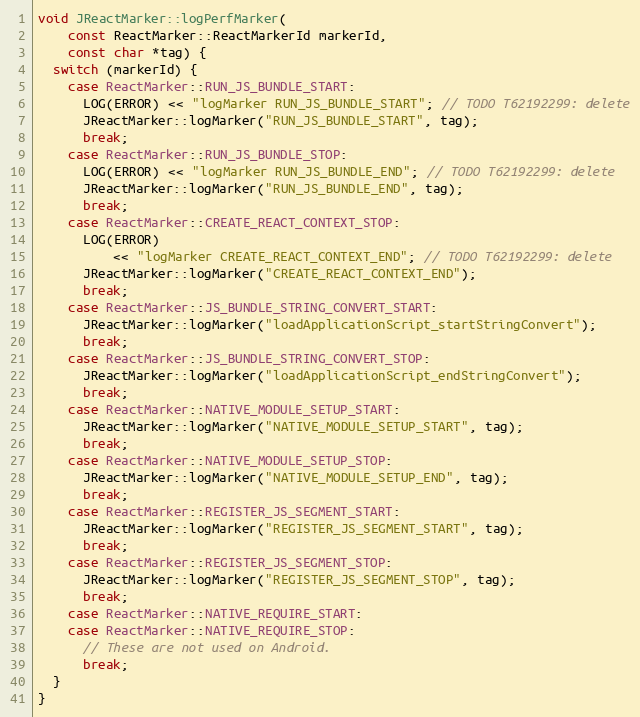
Language: C++
void JReactMarker::logPerfMarker(
    const ReactMarker::ReactMarkerId markerId,
    const char *tag) {
  switch (markerId) {
    case ReactMarker::RUN_JS_BUNDLE_START:
      LOG(ERROR) << "logMarker RUN_JS_BUNDLE_START"; // TODO T62192299: delete
      JReactMarker::logMarker("RUN_JS_BUNDLE_START", tag);
      break;
    case ReactMarker::RUN_JS_BUNDLE_STOP:
      LOG(ERROR) << "logMarker RUN_JS_BUNDLE_END"; // TODO T62192299: delete
      JReactMarker::logMarker("RUN_JS_BUNDLE_END", tag);
      break;
    case ReactMarker::CREATE_REACT_CONTEXT_STOP:
      LOG(ERROR)
          << "logMarker CREATE_REACT_CONTEXT_END"; // TODO T62192299: delete
      JReactMarker::logMarker("CREATE_REACT_CONTEXT_END");
      break;
    case ReactMarker::JS_BUNDLE_STRING_CONVERT_START:
      JReactMarker::logMarker("loadApplicationScript_startStringConvert");
      break;
    case ReactMarker::JS_BUNDLE_STRING_CONVERT_STOP:
      JReactMarker::logMarker("loadApplicationScript_endStringConvert");
      break;
    case ReactMarker::NATIVE_MODULE_SETUP_START:
      JReactMarker::logMarker("NATIVE_MODULE_SETUP_START", tag);
      break;
    case ReactMarker::NATIVE_MODULE_SETUP_STOP:
      JReactMarker::logMarker("NATIVE_MODULE_SETUP_END", tag);
      break;
    case ReactMarker::REGISTER_JS_SEGMENT_START:
      JReactMarker::logMarker("REGISTER_JS_SEGMENT_START", tag);
      break;
    case ReactMarker::REGISTER_JS_SEGMENT_STOP:
      JReactMarker::logMarker("REGISTER_JS_SEGMENT_STOP", tag);
      break;
    case ReactMarker::NATIVE_REQUIRE_START:
    case ReactMarker::NATIVE_REQUIRE_STOP:
      // These are not used on Android.
      break;
  }
}